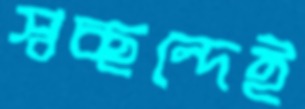
স্বচ্ছন্দেই